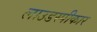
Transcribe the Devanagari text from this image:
लाउडस्पीकार